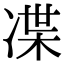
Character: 𠗨